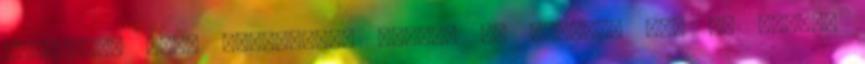
kártyára, mire megmutatja nekem, de magának nem és vissza